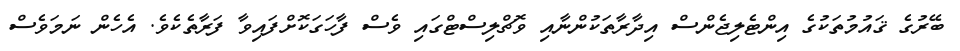
ބޭރުގެ ޤައުމުތަކުގެ އިންޓެލިޖެންސް އިދާރާތަކުންނާއި ވޮޗްލިސްޓްގައި ވެސް ފާހަގަކޮށްފައިވާ ފަރާތެކެވެ. އެހެން ނަމަވެސް